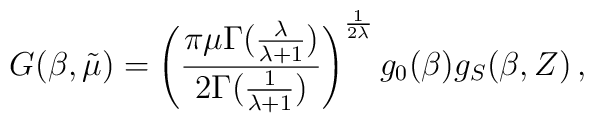
G(\beta,\tilde{\mu})=\left(\frac{\pi\mu\Gamma(\frac{\lambda}{\lambda +1})}{2\Gamma (\frac{1}{\lambda+1})}\right)^{\frac{1}{2\lambda}}g_0(\beta )g_S(\beta ,Z)\,,